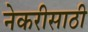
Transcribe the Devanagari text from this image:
नेकरीसाठी